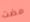
مضت